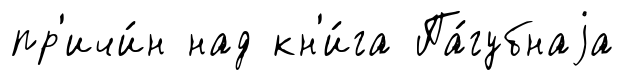
пр'ичи́н над кн'и́га Па́губнаjа